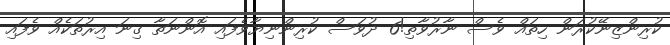
ކުރިންޒިނޭކުރަން ހިތައް ވެސް ނާރުވާތި!6 ދުވަސް ކުރިންނިޔާވެފައި އޮންނަތާ ގިނަ އިރުތަކެއް ވެފައި